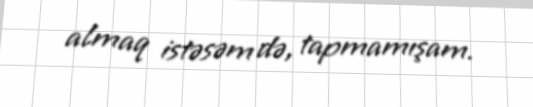
almaq istəsəm də, tapmamışam.